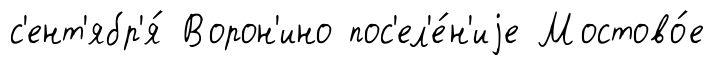
с'ент'ябр'я́ Ворон'ино пос'ел'е́н'иjе Мостово́е